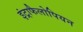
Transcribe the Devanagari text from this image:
इंट्राफैलोपियन